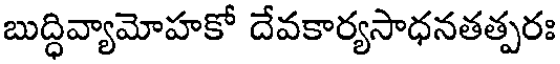
బుద్ధివ్యామోహకో దేవకార్యసాధనతత్పరః